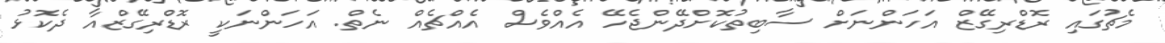
މެޗުގައި ރޮޑްރިގޭޒް އަހަންނަށް ސާބިތުކޮށްދޭންޖެހޭ އެއްވެސް އެއްޗެއް ނެތް. އަހަންނަކީ ރޮޑްރިގޭޒްއާ ދެކޮޅު